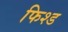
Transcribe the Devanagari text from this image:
फिश्ड